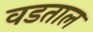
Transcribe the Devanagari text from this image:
वडताल